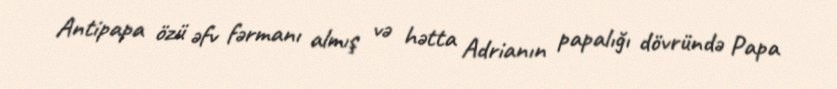
Antipapa özü əfv fərmanı almış və hətta Adrianın papalığı dövründə Papa